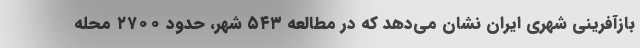
بازآفرینی شهری ایران نشان می‌دهد که در مطالعه ۵۴۳ شهر، حدود ۲۷۰۰ محله